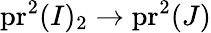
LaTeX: \operatorname{pr}^{2}(I)_{2}\rightarrow\operatorname{pr}^{2}(J)